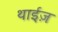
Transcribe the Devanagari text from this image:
थाईज़